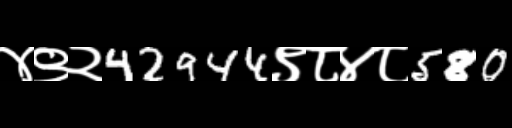
Text: ४९२42944९८४८580